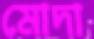
মোদা